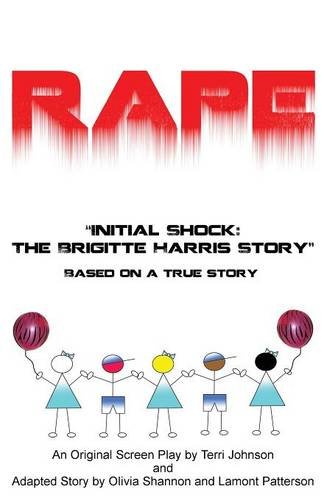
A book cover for RAPE "INITIAL SHOCK: THE BRIGITTE HARRIS STORY"; TERRI JOHNSON; Politics & Social Sciences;